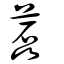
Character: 藞